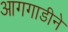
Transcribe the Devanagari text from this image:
आगगाडीने